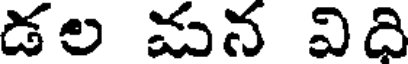
డల మన విది